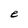
Character: e